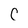
Character: C